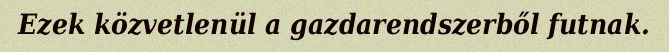
Ezek közvetlenül a gazdarendszerből futnak.